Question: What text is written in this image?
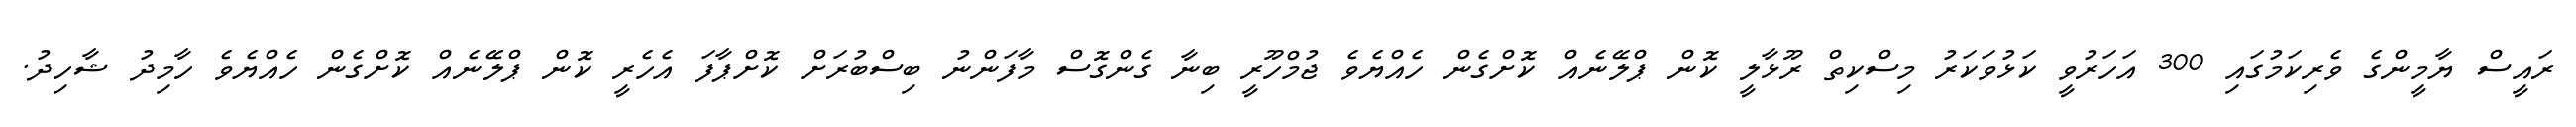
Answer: ރައީސް ޔާމީންގެ ވެރިކަމުގައި 300 އަހަރުވީ ކަޅުވަކަރު މިސްކިތް ރޫޅާލީ ކޮން ޕްލޭނެއް ކޮށްގެން ހެއްޔެވެ ޖުމްހޫރީ ބިނާ ގެންގޮސް މާފަންނު ބިސްބުރަށް ކޮށްޕާފަ އެހެރީ ކޮން ޕްލޭނެއް ކޮށްގެން ހެއްޔެވެ ހާމިދު ޝާހިދު.